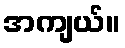
အကျယ်။